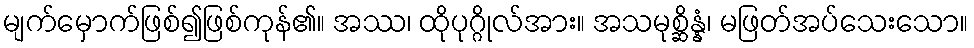
မျက်မှောက်ဖြစ်၍ဖြစ်ကုန်၏။ အဿ၊ ထိုပုဂ္ဂိုလ်အား။ အသမုစ္ဆိန္နံ၊ မဖြတ်အပ်သေးသော။